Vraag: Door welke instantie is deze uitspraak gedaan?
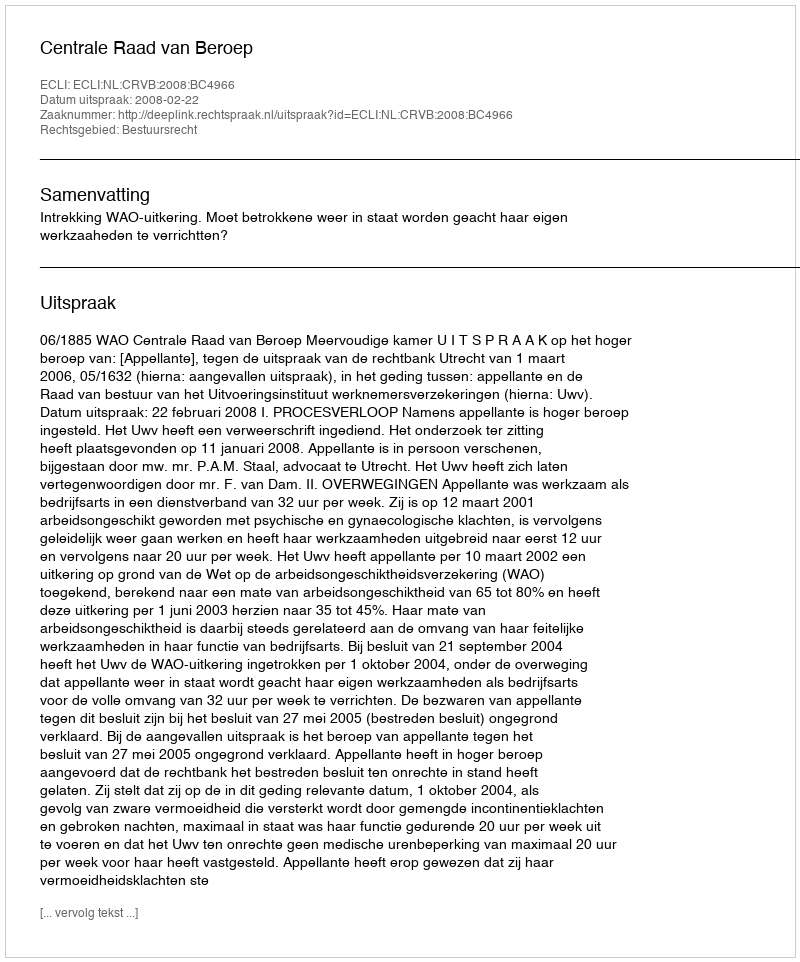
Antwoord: Centrale Raad van Beroep